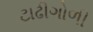
ટાઢીગોળી